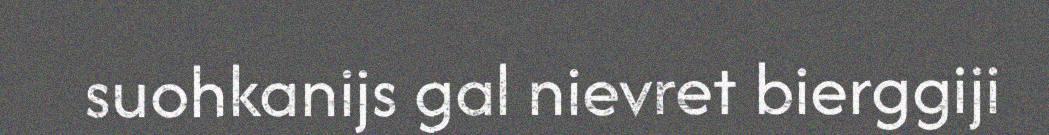
suohkanijs gal nievret bierggiji